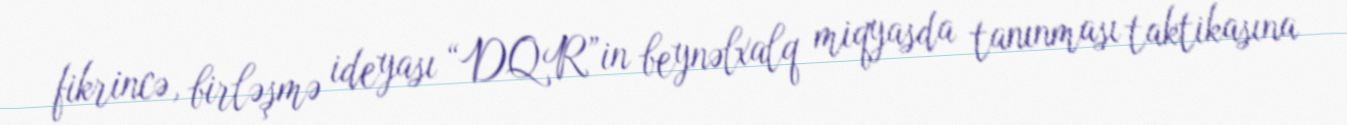
fikrincə, birləşmə ideyası “DQR”in beynəlxalq miqyasda tanınması taktikasına